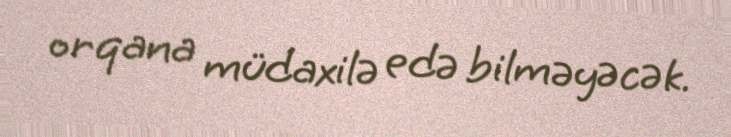
orqana müdaxilə edə bilməyəcək.